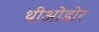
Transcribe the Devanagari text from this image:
थीओडोर